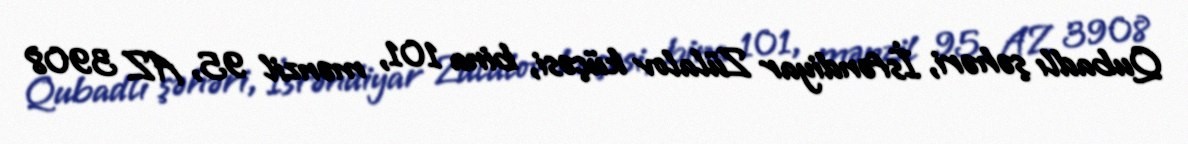
Qubadlı şəhəri, İsfəndiyar Zülalov küçəsi, bina 101, mənzil 95, AZ 3908